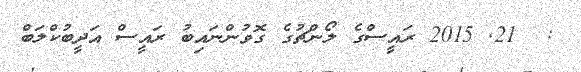
:  21